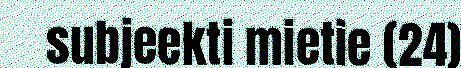
subjeekti mietie (24)